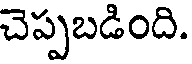
చెప్పబడింది.